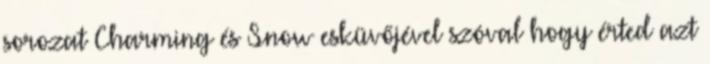
sorozat Charming és Snow esküvőjével szóval hogy érted azt